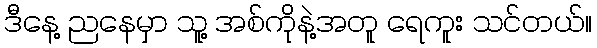
ဒီနေ့ ညနေမှာ သူ့ အစ်ကိုနဲ့အတူ ရေကူး သင်တယ်။